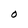
Character: O